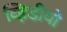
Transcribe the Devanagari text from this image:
व्हिडीयो